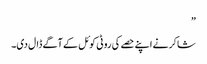
”
شاکر نے اپنے حصے کی روٹی کوئل کے آگے ڈال دی۔